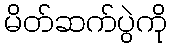
မိတ်ဆက်ပွဲကို